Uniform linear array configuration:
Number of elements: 4
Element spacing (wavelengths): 0.75
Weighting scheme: hann
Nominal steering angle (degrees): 45
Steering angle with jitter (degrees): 45.126
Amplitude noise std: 0.05
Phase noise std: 0.05

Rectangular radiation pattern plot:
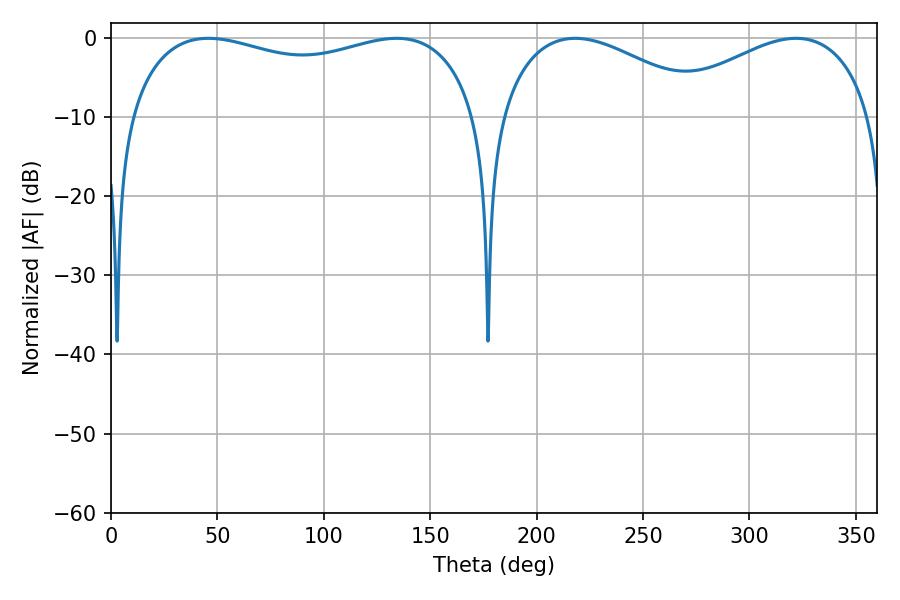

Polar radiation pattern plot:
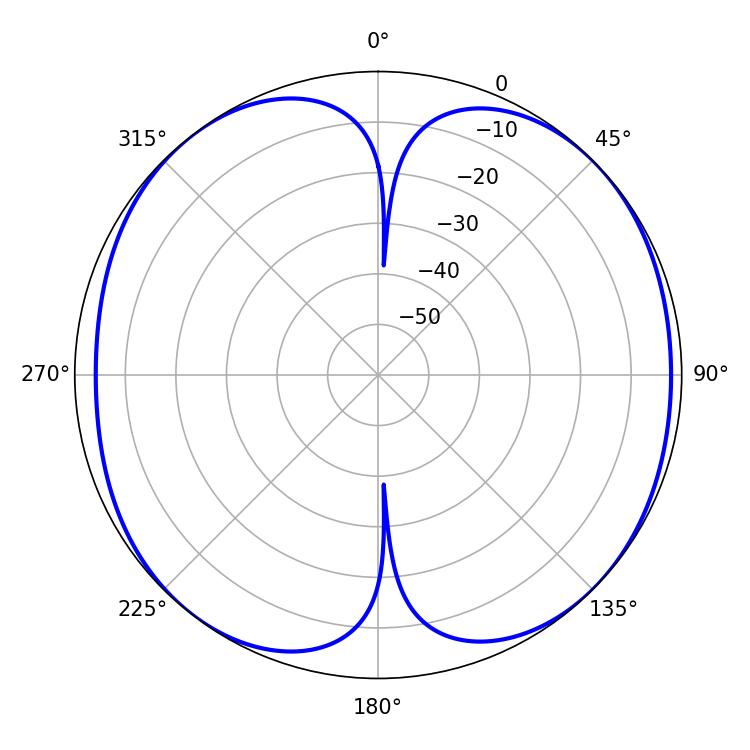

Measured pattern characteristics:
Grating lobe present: TRUE
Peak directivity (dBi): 9.896
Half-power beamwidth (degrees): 134.64
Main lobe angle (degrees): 45.72